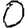
Digit: 0